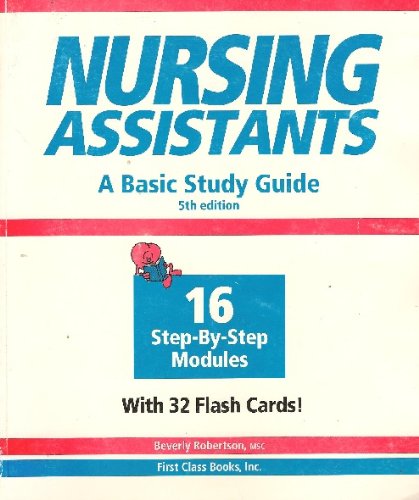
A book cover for Nursing Assistants: A Basic Study Guide; Beverly Robertson; Medical Books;